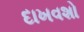
દાખવશો